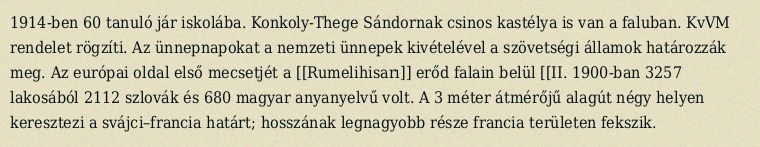
1914-ben 60 tanuló jár iskolába. Konkoly-Thege Sándornak csinos kastélya is van a faluban. KvVM rendelet rögzíti. Az ünnepnapokat a nemzeti ünnepek kivételével a szövetségi államok határozzák meg. Az európai oldal első mecsetjét a [[Rumelihisarı]] erőd falain belül [[II. 1900-ban 3257 lakosából 2112 szlovák és 680 magyar anyanyelvű volt. A 3 méter átmérőjű alagút négy helyen keresztezi a svájci–francia határt; hosszának legnagyobb része francia területen fekszik.